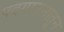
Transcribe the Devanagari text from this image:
पदगायनातून